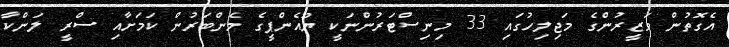
އެގޮތުން ވަޒީރުންގެ މަޖިލިހުގައި 33 މިނިސްޓަރުންނަކީ ޔޫއެންޕީގެ މެންބަރުން ކަމަށާއި ސްރީ ލަންކާ